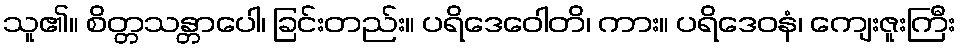
သူ၏။ စိတ္တသန္တာပေါ၊ ခြင်းတည်း။ ပရိဒေဝေါတိ၊ ကား။ ပရိဒေဝနံ၊ ကျေးဇူးကြီး